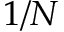
1 / N